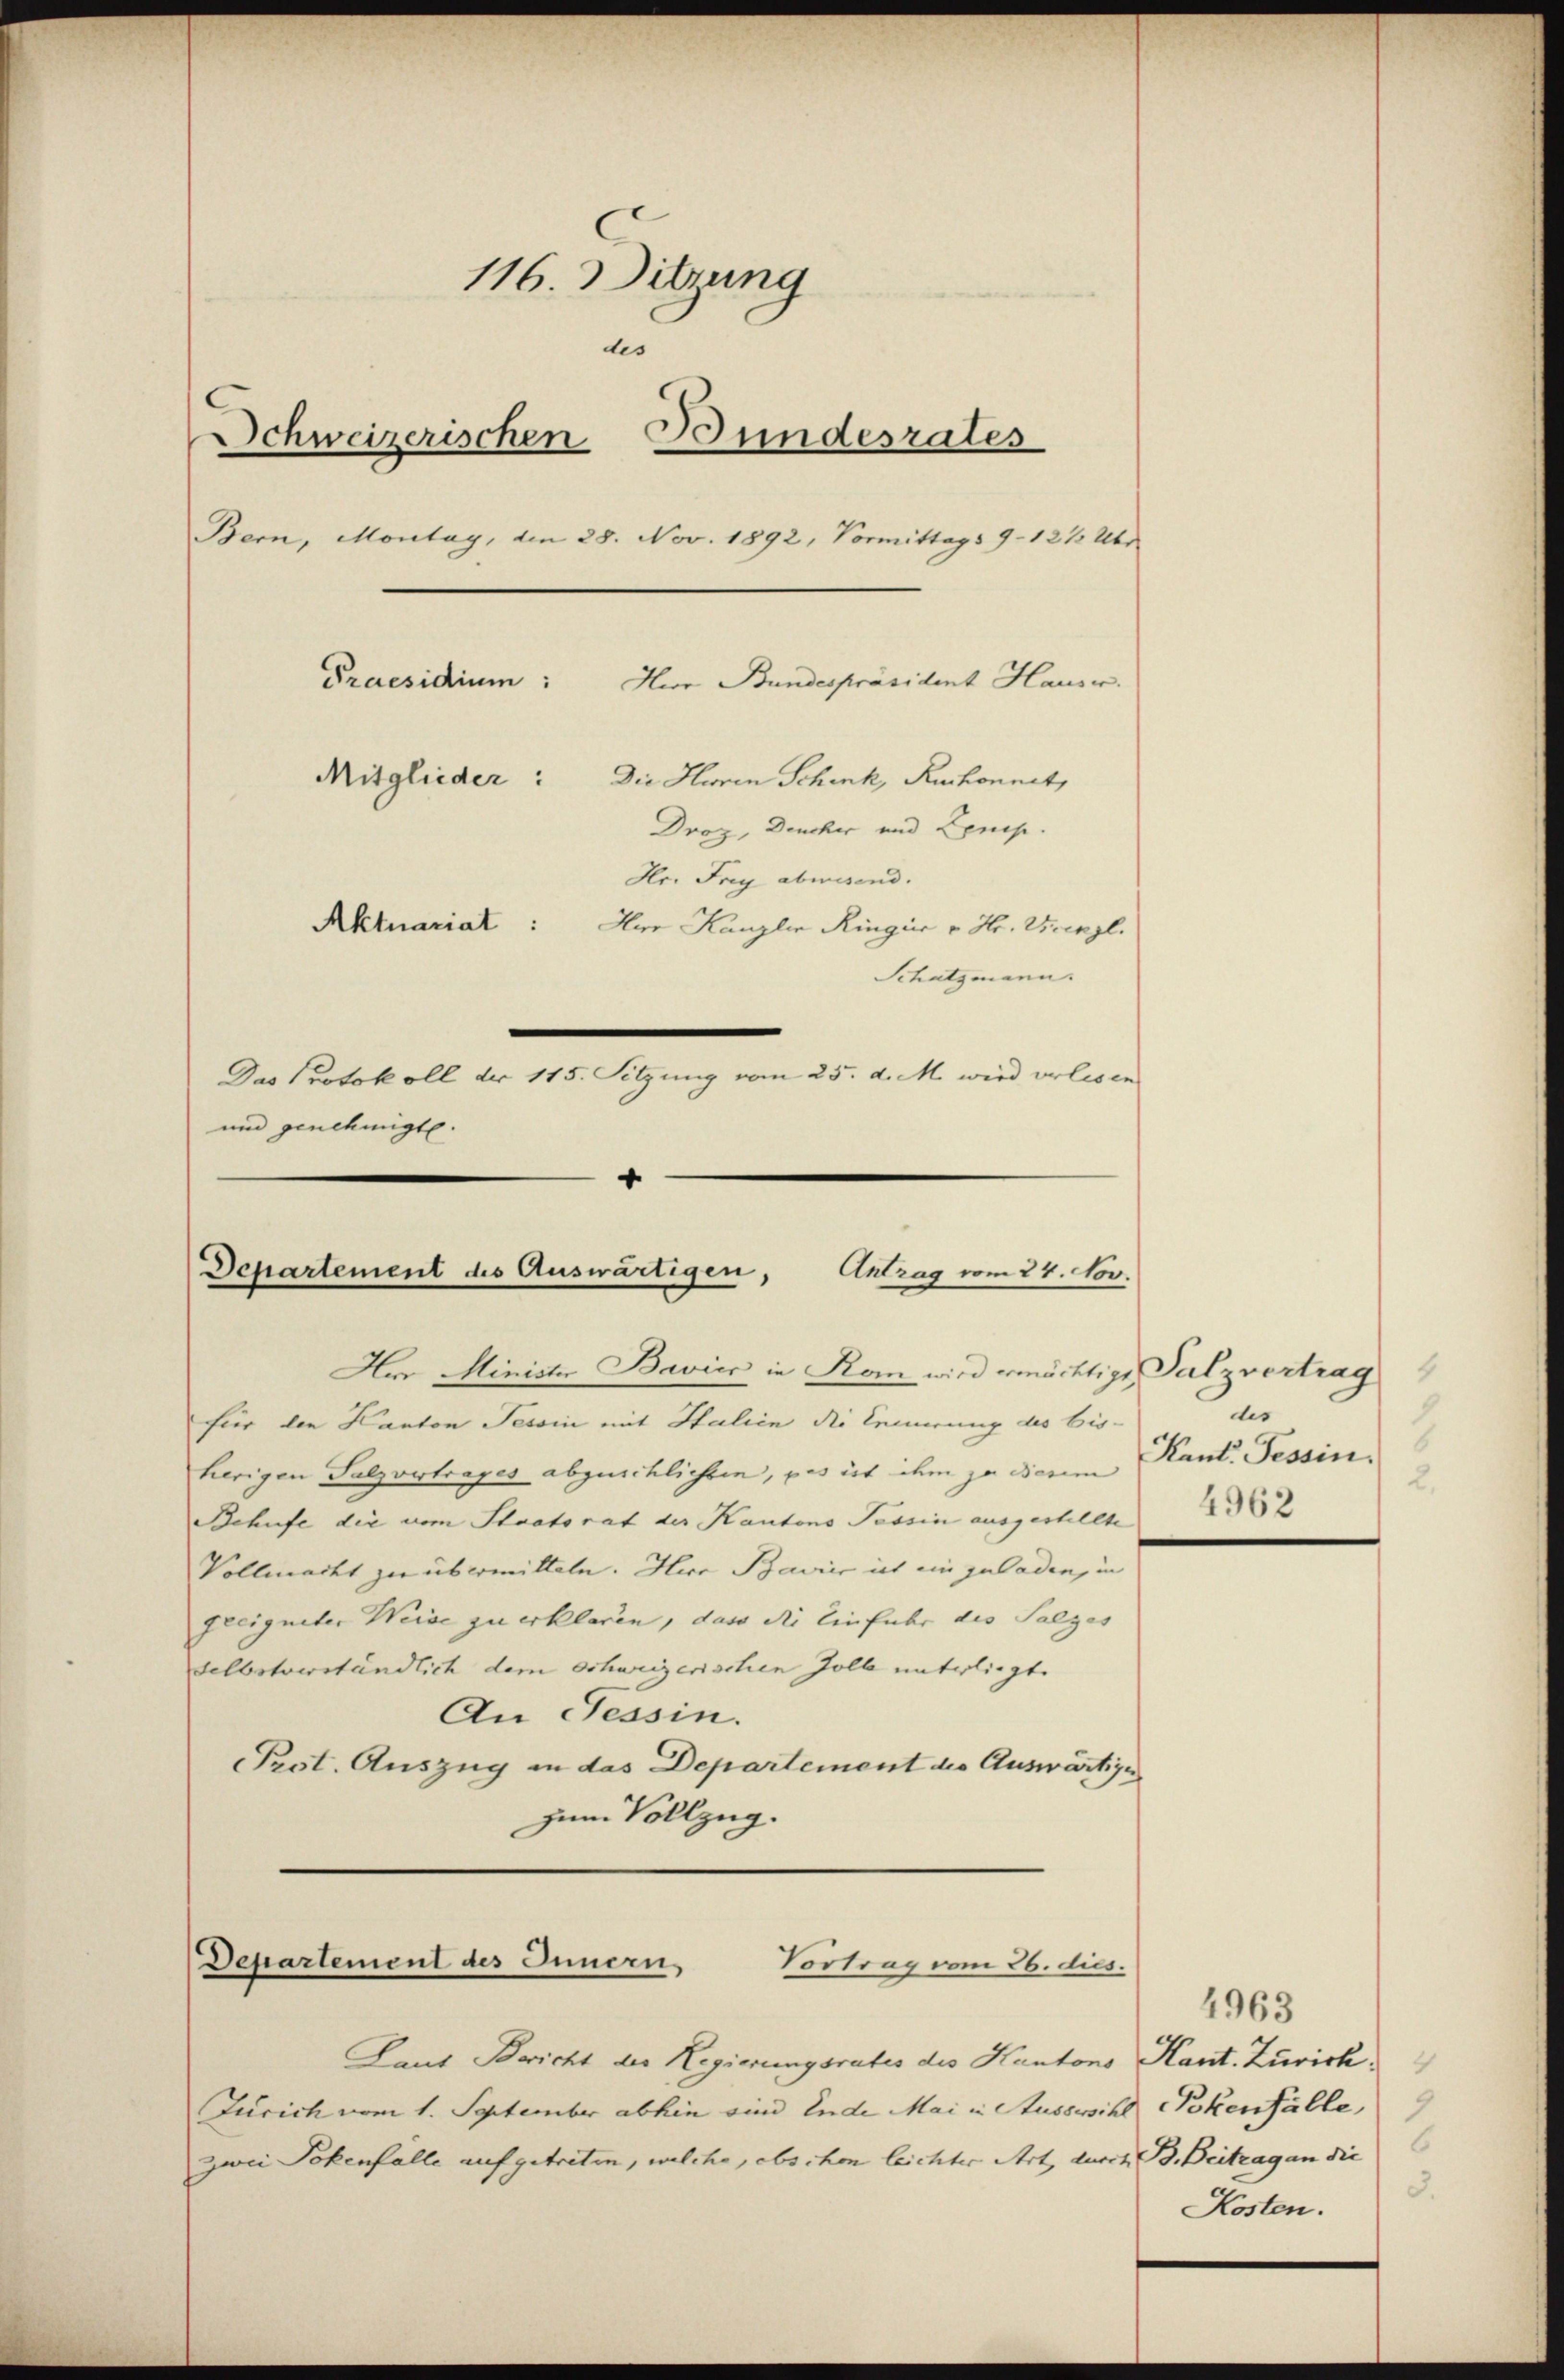
116. Sitzung
des
Schweizerischen Bundesrates
Bern, Montag, den 28. Nov. 1892, Vormittags 9 - 12 ½ Übr
Praesidium:
Hur Bundespräsident Hause.
Mitglieder: Die Huren Schenk, Ruchonnet,
Droz, Deucher und Zensp.
Hr. Frey abwesend.
Aktuariat: Herr Kanzler Ringer v. Hr. Wenzl.
Schatzmann.
Das Protokoll der 115. Sitzung vom 25. d. M. wird verlesen
und genehmigt.

4
Departement des Auswärtigen, Antrag vom 24. Nov.
Hur Minister Bavier in Kann wird ermächtige Salzvertrag

für den Kanton Tessin mit Italien die Leinerung des bis-
herigen Salzvertrages abzuschlichten, pas ist ihm zu diesem
Behufe die vom Staatsrat der Kantons Tessin ausgestellte
Vollmacht zu übermitteln. Herr Bavier ich ein zuladen, in
geeigneter Weise zu erklären, dass die Einfuhr des Salzes
selbstverständlich dem Schurizerischen Zoll entgliegt.
An Tessin.
PProt. Auszug in das Departement die Auswärtigen
zum Vollzug.

Departement des Innern
Vortrag vom 26. dies.

Gant Bericht der Regierungsrates die Kantons
Jucich vom 1. September abhin sind Ende Mai in Aussische Pokenfälle,
zwei Pokenfalle aufgetreten, welche, obschon leichter Art durch B. Beitragen die

r
1
6
Kant. Tessin.
2.
4962

4963
Hant. Zurick
9
3.
Kosten.